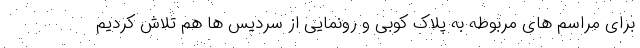
برای مراسم های مربوطه به پلاک کوبی و رونمایی از سردیس ها هم تلاش کردیم